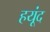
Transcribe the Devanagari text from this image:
हयूंद